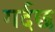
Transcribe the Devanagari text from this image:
गर्दछ